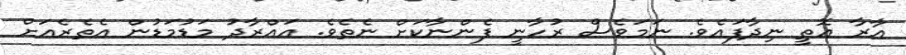
އާރާ އޮތީ ނިދާފައެވެ. ނަމަވެސް ރުހާނީ ފެންނާކަށް ނެތެވެ. އައްރާދު މަޑުމަޑުން އެތެރެއަށް